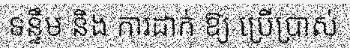
ទន្ទឹម និង ការដាក់ ឱ្យ ប្រើប្រាស់